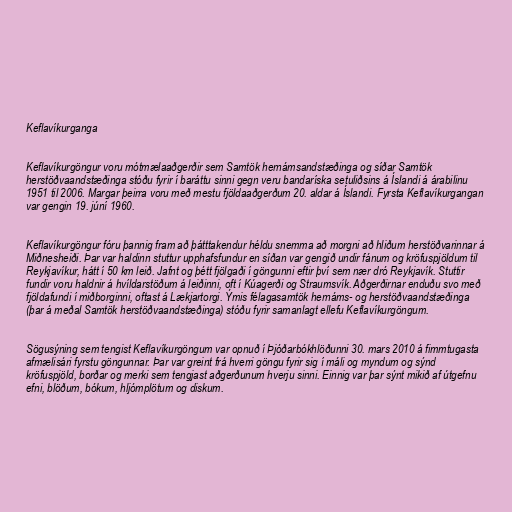
Keflavíkurganga

Keflavíkurgöngur voru mótmælaaðgerðir sem Samtök hernámsandstæðinga og síðar Samtök
herstöðvaandstæðinga stóðu fyrir í baráttu sinni gegn veru bandaríska setuliðsins á Íslandi á árabilinu
1951 til 2006. Margar þeirra voru með mestu fjöldaaðgerðum 20. aldar á Íslandi. Fyrsta Keflavíkurgangan
var gengin 19. júní 1960.

Keflavíkurgöngur fóru þannig fram að þátttakendur héldu snemma að morgni að hliðum herstöðvarinnar á
Miðnesheiði. Þar var haldinn stuttur upphafsfundur en síðan var gengið undir fánum og kröfuspjöldum til
Reykjavíkur, hátt í 50 km leið. Jafnt og þétt fjölgaði í göngunni eftir því sem nær dró Reykjavík. Stuttir
fundir voru haldnir á hvíldarstöðum á leiðinni, oft í Kúagerði og Straumsvík. Aðgerðirnar enduðu svo með
fjöldafundi í miðborginni, oftast á Lækjartorgi. Ýmis félagasamtök hernáms- og herstöðvaandstæðinga
(þar á meðal Samtök herstöðvaandstæðinga) stóðu fyrir samanlagt ellefu Keflavíkurgöngum.

Sögusýning sem tengist Keflavíkurgöngum var opnuð í Þjóðarbókhlöðunni 30. mars 2010 á fimmtugasta
afmælisári fyrstu göngunnar. Þar var greint frá hverri göngu fyrir sig í máli og myndum og sýnd
kröfuspjöld, borðar og merki sem tengjast aðgerðunum hverju sinni. Einnig var þar sýnt mikið af útgefnu
efni, blöðum, bókum, hljómplötum og diskum.